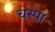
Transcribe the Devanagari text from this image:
चस्‍पा